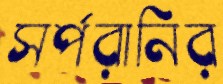
সর্পরানির